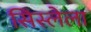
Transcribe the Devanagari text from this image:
सिस्लेला